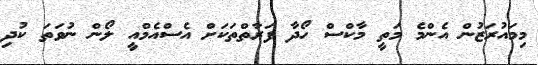
މިމައުރަޒުން އެންމެ މަތީ މާކްސް ހޯދާ ފަރާތްތަކަށް އެސްއެމްއީ ލޯން ނުވަތަ ކުދި